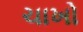
ચાખો